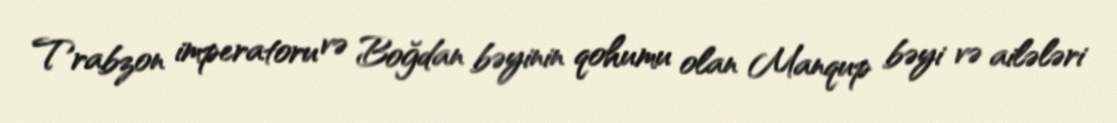
Trabzon imperatoru və Boğdan bəyinin qohumu olan Manqup bəyi və ailələri